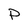
Character: P